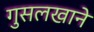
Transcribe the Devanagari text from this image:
गुसलखाने